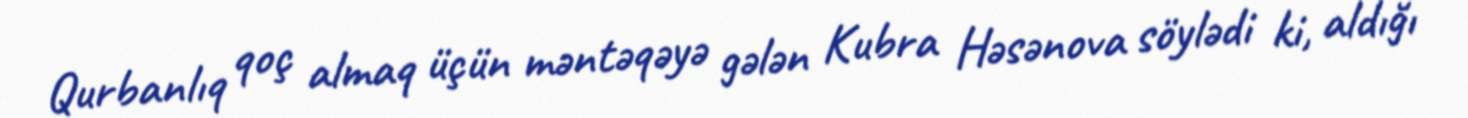
Qurbanlıq qoç almaq üçün məntəqəyə gələn Kubra Həsənova söylədi ki, aldığı